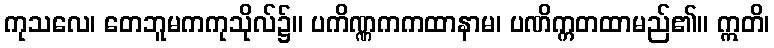
ကုသလေ၊ တေဘူမကကုသိုလ်၌။ ပကိဏ္ဏကကထာနာမ၊ ပဏိက္ကတထာမည်၏။ ဣတိ၊